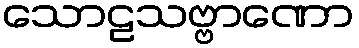
သောဠသဗ္ဗာဏော